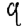
Digit: 9